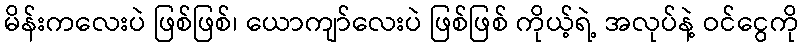
မိန်းကလေးပဲ ဖြစ်ဖြစ်၊ ယောကျာ်လေးပဲ ဖြစ်ဖြစ် ကိုယ့်ရဲ့ အလုပ်နဲ့ ဝင်ငွေကို